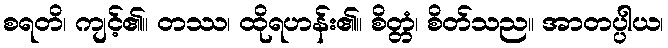
စရတိ၊ ကျင့်၏။ တဿ၊ ထိုရဟန်း၏။ စိတ္တံ၊ စိတ်သည။ အာတပ္ပါယ၊